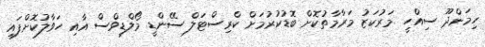
ހިމަންދޫ ސިއްހީ މަރުކަޒު މަރާމާތުކޮށް ބޮޑުކުރުމަށް ކްރިސްޓަލް ސޭންޑީ މޯލްޑިވްސް އާއި ހަވާލުކޮށްފައި